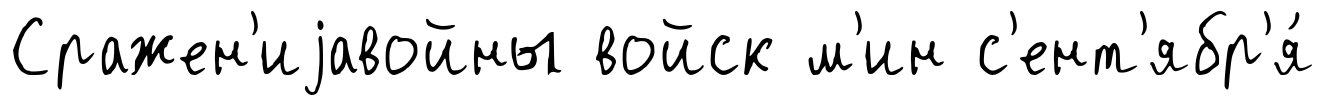
Сражен'иjавойны войск м'ин с'ент'ябр'я́